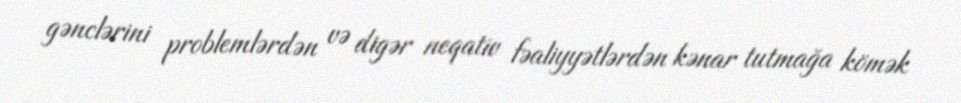
gənclərini problemlərdən və digər neqativ fəaliyyətlərdən kənar tutmağa kömək